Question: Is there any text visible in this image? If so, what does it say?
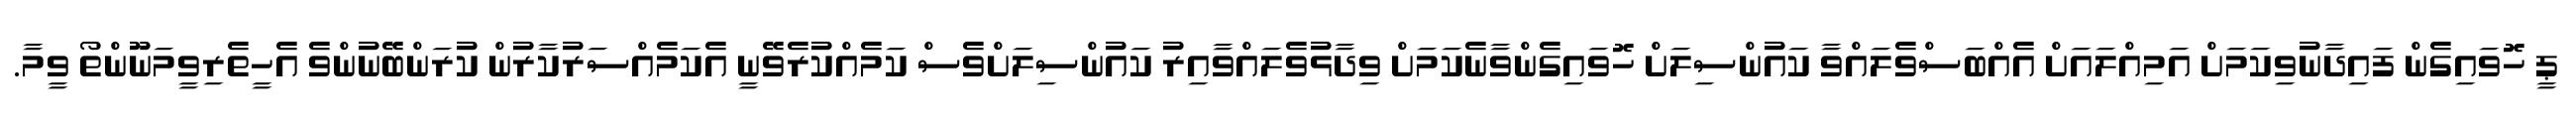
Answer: ޕީ ހޮވައިގެން ފައިދާނުވިކަމަށް އަމިއްލައަށް އެއްބަސްވެލައްވާ ކައުންސިލަށް ހޮވައިގެންވާނެކަމަށް ވިދާޅުވެލައްވާއިރު ކައުންސިލަށްވެސް ކަމެއްކުރެވޭނީ އެކަމެއްސަރުކާރުން ކުރަންބޭނުންވެ އެހީތެރިވީމަނޫންތޯ ވީމާ.